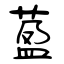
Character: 萾